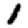
Digit: 1